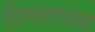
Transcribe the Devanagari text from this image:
डिप्लाउन